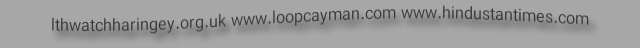
lthwatchharingey.org.uk www.loopcayman.com www.hindustantimes.com